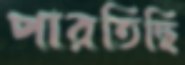
পারতিছি